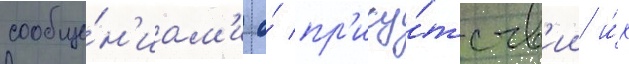
сообще́н'иам'и о́ пр'ису́тств'ии и́х